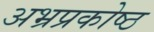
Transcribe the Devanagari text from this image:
अभ्रप्रकोष्ठ